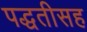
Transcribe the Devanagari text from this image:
पद्धतीसह